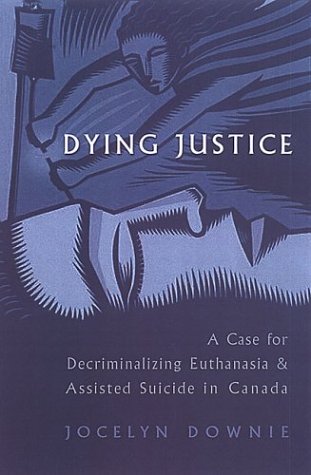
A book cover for Dying Justice: A Case for Decriminalizing Euthanasia and Assisted Suicide in Canada; Jocelyn Downie; Law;